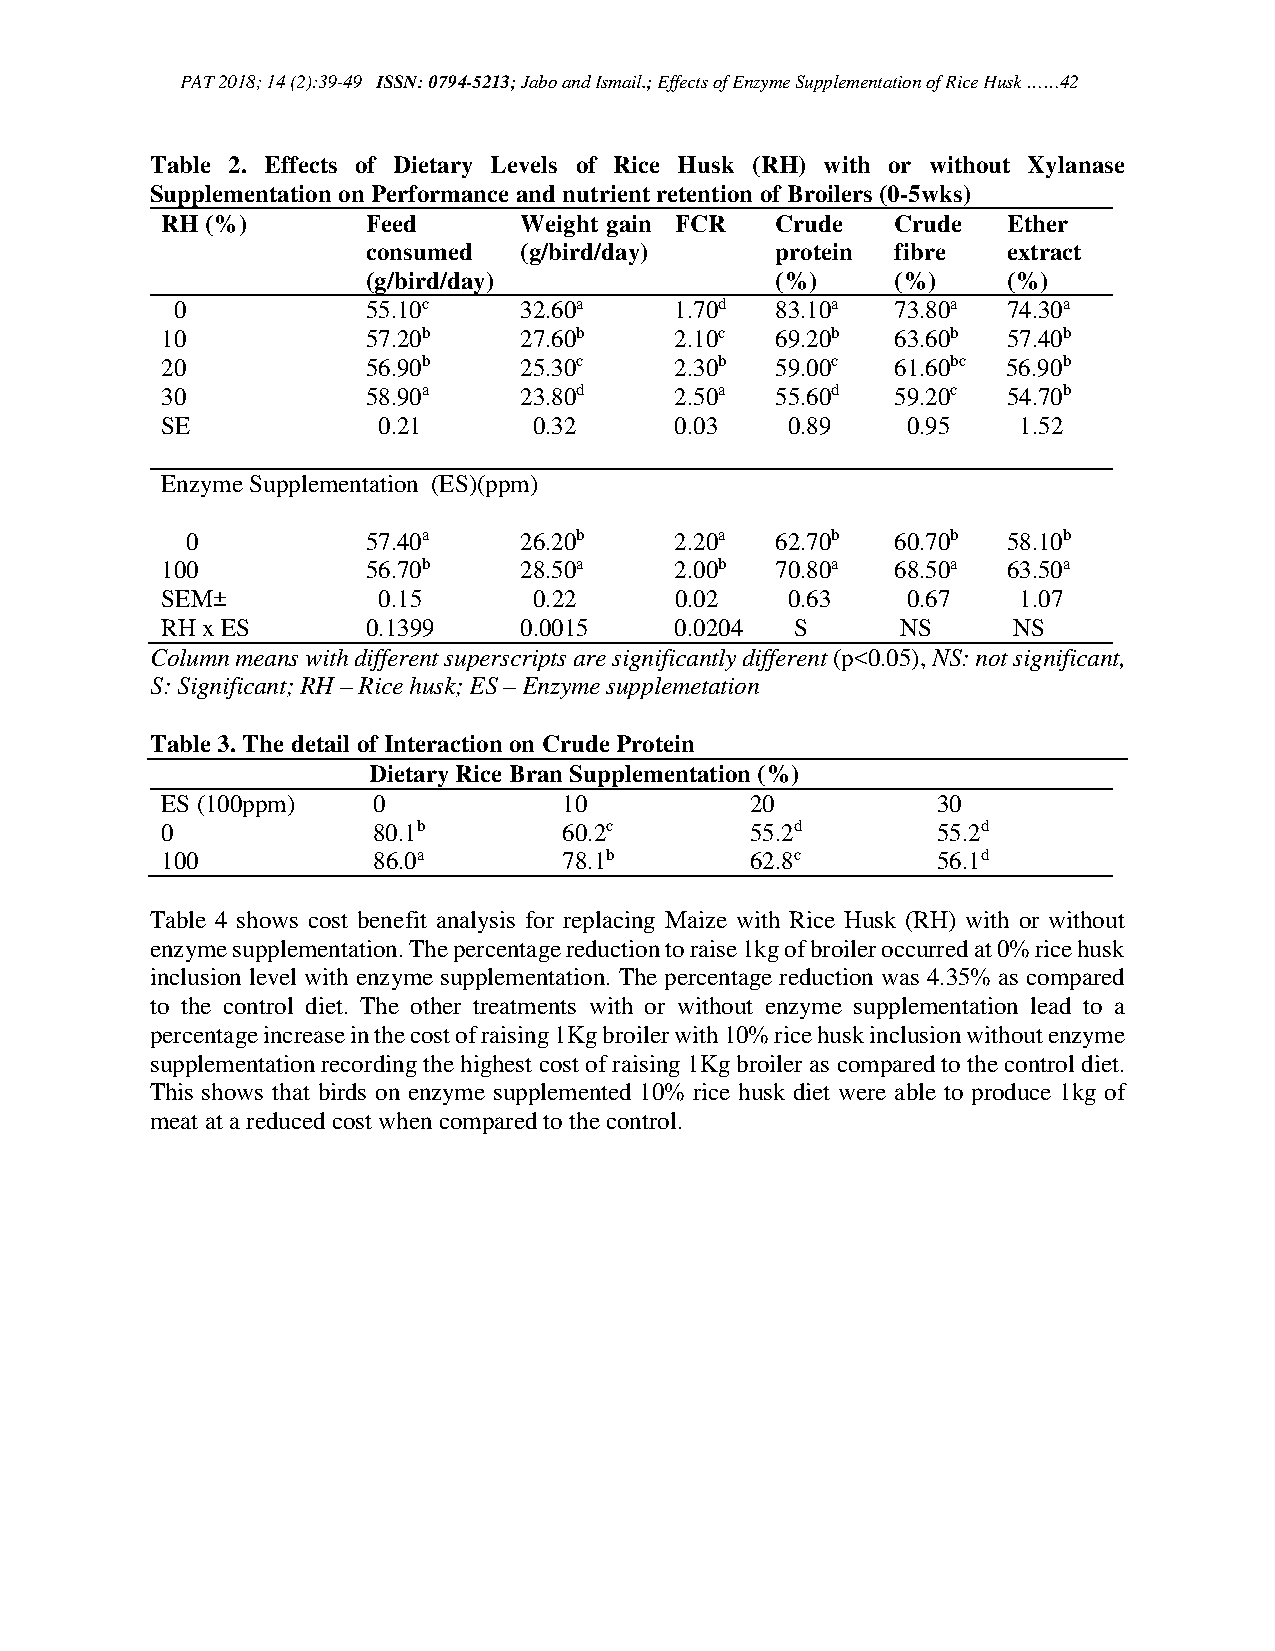
PAT 2018; 14 (2):39-49 ISSN: 0794-5213; Jabo and Ismail.; Effects of Enzyme Supplementation of Rice Husk ……42
 Table 2. Effects of Dietary Levels of Rice Husk (RH) with or without Xylanase
 Supplementation on Performance and nutrient retention of Broilers (0-5wks)
 RH (%)       Feed      Weight gain FCR  Crude   Crude   Ether
 consumed  (g/bird/day)     protein fibre   extract
 (g/bird/day)               (%)     (%)     (%)
 0           55.10c    32.60a     1.70d 83.10a  73.80a  74.30a
 10           57.20b    27.60b     2.10c 69.20b  63.60b  57.40b
 20           56.90b    25.30c     2.30b 59.00c  61.60bc 56.90b
 30           58.90a    23.80d     2.50a 55.60d  59.20c  54.70b
 SE            0.21      0.32      0.03   0.89    0.95   1.52
 Enzyme Supplementation (ES)(ppm)
 0           57.40a    26.20b     2.20a 62.70b  60.70b  58.10b
 100          56.70b    28.50a     2.00b 70.80a  68.50a  63.50a
 SEM±          0.15      0.22      0.02   0.63    0.67   1.07
 RH x ES      0.1399    0.0015     0.0204  S      NS     NS
 Column means with different superscripts are significantly different (p<0.05), NS: not significant,
 S: Significant; RH – Rice husk; ES – Enzyme supplemetation
 Table 3. The detail of Interaction on Crude Protein
 Dietary Rice Bran Supplementation (%)
 ES (100ppm)   0           10           20          30
 0             80.1b       60.2c        55.2d       55.2d
 100           86.0a       78.1b        62.8c       56.1d
 Table 4 shows cost benefit analysis for replacing Maize with Rice Husk (RH) with or without
 enzyme supplementation. The percentage reduction to raise 1kg of broiler occurred at 0% rice husk
 inclusion level with enzyme supplementation. The percentage reduction was 4.35% as compared
 to the control diet. The other treatments with or without enzyme supplementation lead to a
 percentage increase in the cost of raising 1Kg broiler with 10% rice husk inclusion without enzyme
 supplementation recording the highest cost of raising 1Kg broiler as compared to the control diet.
 This shows that birds on enzyme supplemented 10% rice husk diet were able to produce 1kg of
 meat at a reduced cost when compared to the control.